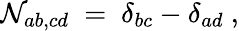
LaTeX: \mathcal{N}_{ab,cd}~=~\delta_{bc}-\delta_{ad}~,